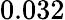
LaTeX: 0.032